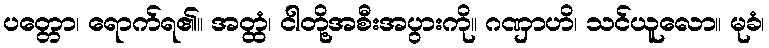
ပတ္တော၊ ရောက်ရ၏။ အတ္ထံ၊ ငါတို့အစီးအပွားကို။ ဂဏှာဟိ၊ သင်ယူလော။ မုခံ၊